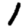
Digit: 1